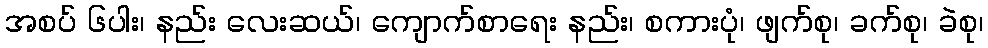
အစပ် ၆ပါး၊ နည်း လေးဆယ်၊ ကျောက်စာရေး နည်း၊ စကားပုံ၊ ဖျက်စု၊ ခက်စု၊ ခဲစု၊